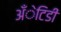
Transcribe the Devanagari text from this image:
अँेटिडी